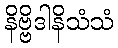
နိဗ္ဗိဒါနိသံသံ